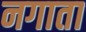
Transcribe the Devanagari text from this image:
नगाता